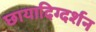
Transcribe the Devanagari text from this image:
छायादिग्दर्शन